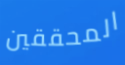
المحققين